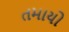
તમાયો